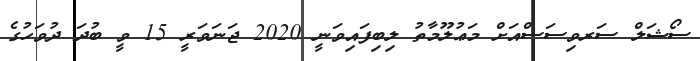
ސޯޝަލް ސަރވިސަސްއަށް މަޢުލޫމާތު ލިބިފައިވަނީ 2020 ޖަނަވަރީ 15 ވީ ބުދަ ދުވަހުގެ